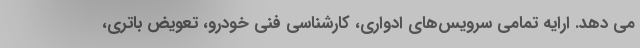
می دهد. ارایه تمامی سرویس‌های ادواری، کارشناسی فنی خودرو، تعویض باتری،